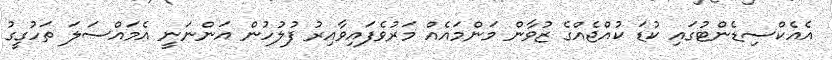
އެއެކްސިޑެންޓުގައި ކުޑަ ކުއްޖެއްގެ ޒުވާން މަންމައެއް މަރުވެފައިވާއިރު ފުލުހުން އަންނަނީ އެމައްސަލަ ތަހުގީގު